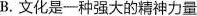
B.文化是一种强大的精神力量